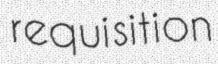
requisition